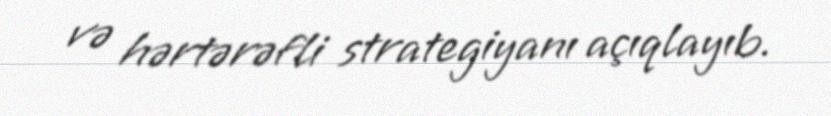
və hərtərəfli strategiyanı açıqlayıb.